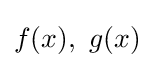
f(x),{\text{ }}g(x)